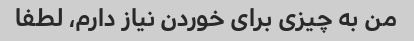
من به چیزی برای خوردن نیاز دارم، لطفا